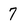
Character: 7